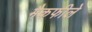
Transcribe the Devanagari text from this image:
मैकफीले